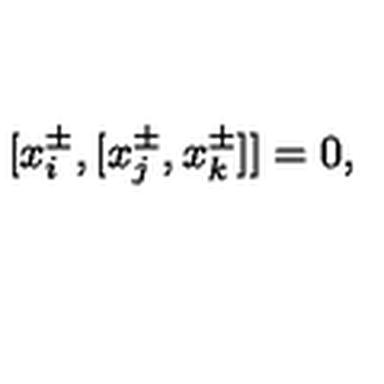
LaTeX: [ x _ { i } ^ { \pm } , [ x _ { j } ^ { \pm } , x _ { k } ^ { \pm } ] ] = 0 ,